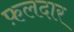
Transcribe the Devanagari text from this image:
फ़लदार